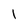
Character: 1